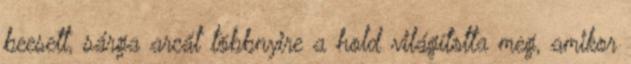
beesett, sárga arcát többnyire a hold világította meg, amikor